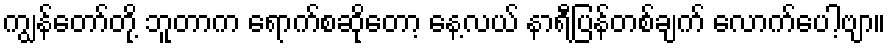
ကျွန်တော်တို့ ဘူတာက ရောက်စဆိုတော့ နေ့လယ် နာရီပြန်တစ်ချက် လောက်ပေါ့ဗျာ။